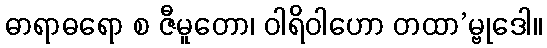
ဓာရာဓရော စ ဇီမူတော၊ ဝါရိဝါဟော တထာ’မ္ဗုဒေါ။